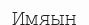
Имяын